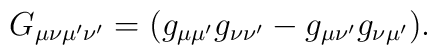
G_{\mu\nu\mu'\nu'}=(g_{\mu\mu'}g_{\nu\nu'}-g_{\mu\nu'}g_{\nu\mu'}).